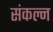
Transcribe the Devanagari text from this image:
संकल्न